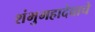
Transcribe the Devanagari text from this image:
शंभुमहादेवाचे